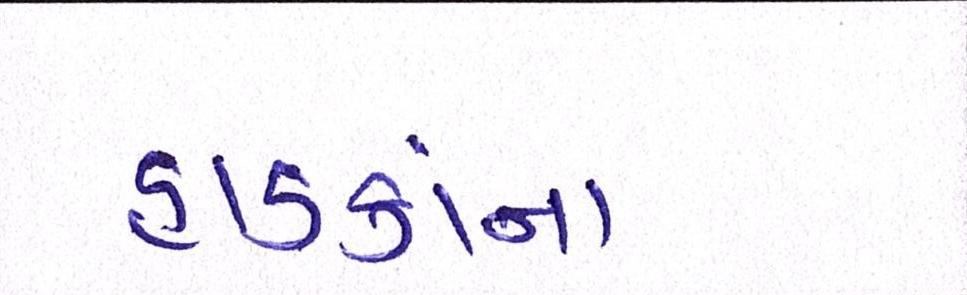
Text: હાડકાંના